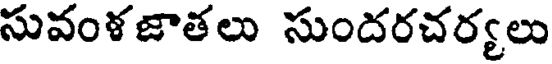
సువంళజాతలు సుందరచర్యలు